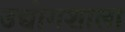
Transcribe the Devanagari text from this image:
उद्योगशाला